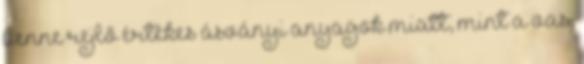
benne rejlő értékes ásványi anyagok miatt, mint a vas,